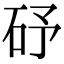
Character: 䂛